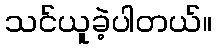
သင်ယူခဲ့ပါတယ်။